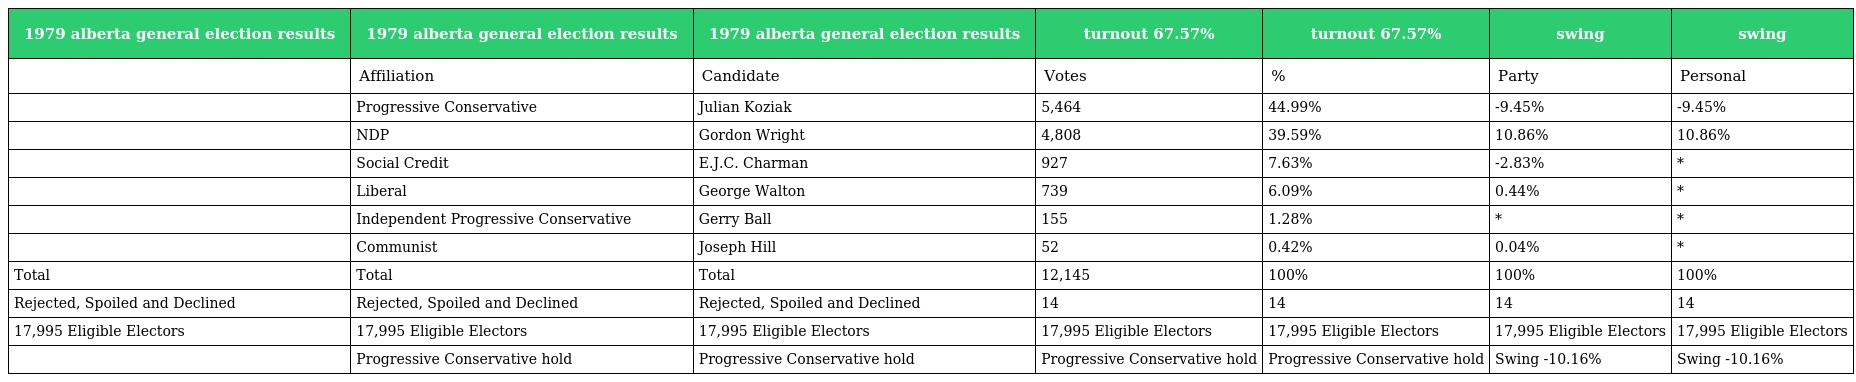
| 1979 alberta general election results | 1979 alberta general election results | 1979 alberta general election results | turnout 67.57% | turnout 67.57% | swing | swing |
 | --- | --- | --- | --- | --- | --- | --- |
 |  | Affiliation | Candidate | Votes | % | Party | Personal |
 |  | Progressive Conservative | Julian Koziak | 5,464 | 44.99% | -9.45% | -9.45% |
 |  | NDP | Gordon Wright | 4,808 | 39.59% | 10.86% | 10.86% |
 |  | Social Credit | E.J.C. Charman | 927 | 7.63% | -2.83% | * |
 |  | Liberal | George Walton | 739 | 6.09% | 0.44% | * |
 |  | Independent Progressive Conservative | Gerry Ball | 155 | 1.28% | * | * |
 |  | Communist | Joseph Hill | 52 | 0.42% | 0.04% | * |
 | Total | Total | Total | 12,145 | 100% | 100% | 100% |
 | Rejected, Spoiled and Declined | Rejected, Spoiled and Declined | Rejected, Spoiled and Declined | 14 | 14 | 14 | 14 |
 | 17,995 Eligible Electors | 17,995 Eligible Electors | 17,995 Eligible Electors | 17,995 Eligible Electors | 17,995 Eligible Electors | 17,995 Eligible Electors | 17,995 Eligible Electors |
 |  | Progressive Conservative hold | Progressive Conservative hold | Progressive Conservative hold | Progressive Conservative hold | Swing -10.16% | Swing -10.16% |